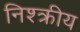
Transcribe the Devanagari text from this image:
निश्क्रीय